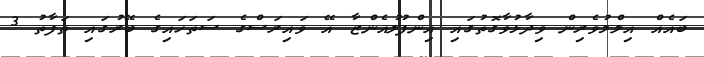
ބައެއް އިލްމުވެރިން ވިދާޅުވާގޮތުގައި އިންފުލުއެންޒާ އޭ ވައިރަސްގެ ސަތަހައިގެ ބޭރުގައި ތަފާތު 3